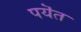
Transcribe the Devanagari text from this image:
पयॆत